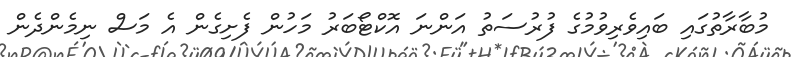
މުބާރާތުގައި ބައިވެރިވުމުގެ ފުރުސަތު އަންނަ އޮކްޓޯބަރު މަހުން ފެށިގެން އެ މަސް ނިމެންދެން